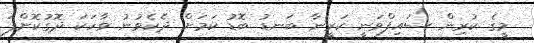
މީގެ ކުރިން ސައިފްވަނީ ކަރީނާ ބަނޑު ބޮޑު ކަމަށް ދެކެވުނު ވާހަކަ ދޮގުކޮށްފަ